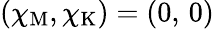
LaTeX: (\chi_{\mathrm{M}},\chi_{\mathrm{K}})=(0,\, 0)